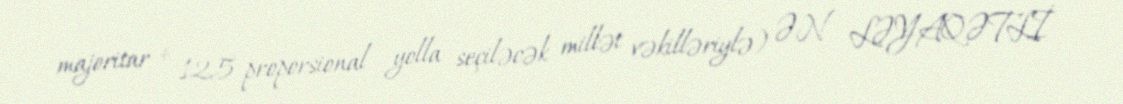
majoritar + 125 proporsional yolla seçiləcək millət vəkilləriylə) ƏN LƏYAQƏTLİ